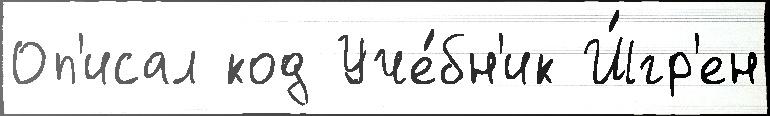
Оп'исал код Уче́бн'ик Ш́гр'ен